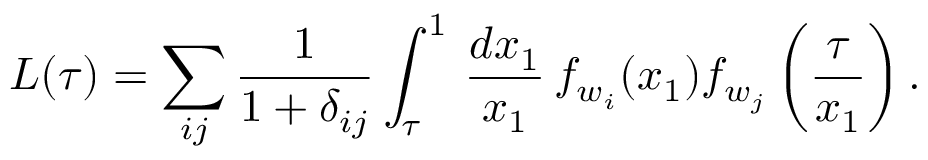
{ \cal L } ( \tau ) = \sum _ { i j } \displaystyle { \frac { 1 } { 1 + \delta _ { i j } } } \int _ { \tau } ^ { 1 } \, \displaystyle { \frac { d x _ { 1 } } { x _ { 1 } } } \, f _ { w _ { i } } ( x _ { 1 } ) f _ { w _ { j } } \left( \displaystyle { \frac { \tau } { x _ { 1 } } } \right) .